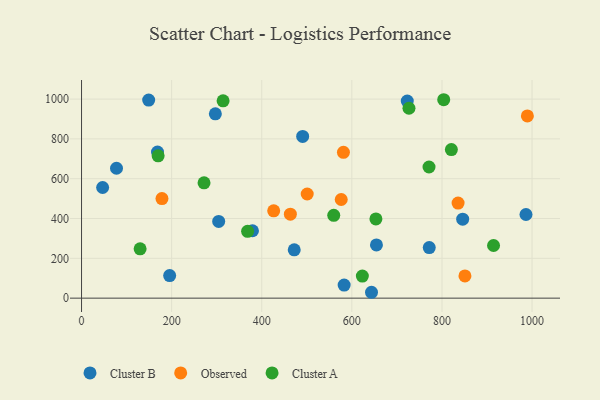
{"axis": {"x": "Price", "y": "Salary"}, "legend": ["Cluster A", "Cluster B", "Observed"], "data": [{"x": "490.8", "y": 812.7, "type": "Cluster B"}, {"x": "472.1", "y": 242.9, "type": "Cluster B"}, {"x": "582.9", "y": 65.7, "type": "Cluster B"}, {"x": "77.6", "y": 652.7, "type": "Cluster B"}, {"x": "379.4", "y": 338.7, "type": "Cluster B"}, {"x": "723.0", "y": 990.1, "type": "Cluster B"}, {"x": "297.0", "y": 925.9, "type": "Cluster B"}, {"x": "168.6", "y": 733.8, "type": "Cluster B"}, {"x": "986.5", "y": 420.2, "type": "Cluster B"}, {"x": "846.0", "y": 396.7, "type": "Cluster B"}, {"x": "643.6", "y": 29.5, "type": "Cluster B"}, {"x": "654.6", "y": 267.4, "type": "Cluster B"}, {"x": "195.6", "y": 113.2, "type": "Cluster B"}, {"x": "771.8", "y": 254.3, "type": "Cluster B"}, {"x": "149.0", "y": 995.1, "type": "Cluster B"}, {"x": "304.4", "y": 385.6, "type": "Cluster B"}, {"x": "46.8", "y": 556.0, "type": "Cluster B"}, {"x": "463.5", "y": 421.9, "type": "Observed"}, {"x": "989.6", "y": 915.5, "type": "Observed"}, {"x": "178.5", "y": 500.1, "type": "Observed"}, {"x": "426.5", "y": 438.5, "type": "Observed"}, {"x": "581.3", "y": 732.6, "type": "Observed"}, {"x": "835.8", "y": 477.8, "type": "Observed"}, {"x": "851.0", "y": 111.5, "type": "Observed"}, {"x": "576.4", "y": 495.5, "type": "Observed"}, {"x": "500.9", "y": 523.3, "type": "Observed"}, {"x": "653.4", "y": 397.8, "type": "Cluster A"}, {"x": "130.0", "y": 247.6, "type": "Cluster A"}, {"x": "314.2", "y": 991.4, "type": "Cluster A"}, {"x": "820.9", "y": 746.6, "type": "Cluster A"}, {"x": "559.8", "y": 416.2, "type": "Cluster A"}, {"x": "170.0", "y": 715.1, "type": "Cluster A"}, {"x": "803.9", "y": 996.9, "type": "Cluster A"}, {"x": "771.3", "y": 658.8, "type": "Cluster A"}, {"x": "368.6", "y": 335.5, "type": "Cluster A"}, {"x": "914.5", "y": 264.4, "type": "Cluster A"}, {"x": "623.3", "y": 110.8, "type": "Cluster A"}, {"x": "726.8", "y": 954.0, "type": "Cluster A"}, {"x": "271.9", "y": 579.2, "type": "Cluster A"}]}